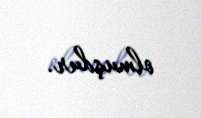
olmuşdur.